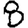
Digit: 8